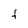
Character: t